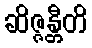
ဆိဇ္ဇန္တီတိ